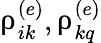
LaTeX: \uprho_{ik}^{(e)},\uprho_{kq}^{(e)}